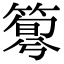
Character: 𥰴